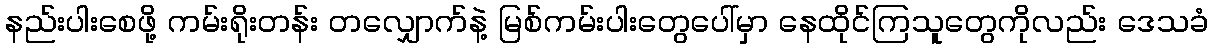
နည်းပါးစေဖို့ ကမ်းရိုးတန်း တလျှောက်နဲ့ မြစ်ကမ်းပါးတွေပေါ်မှာ နေထိုင်ကြသူတွေကိုလည်း ဒေသခံ